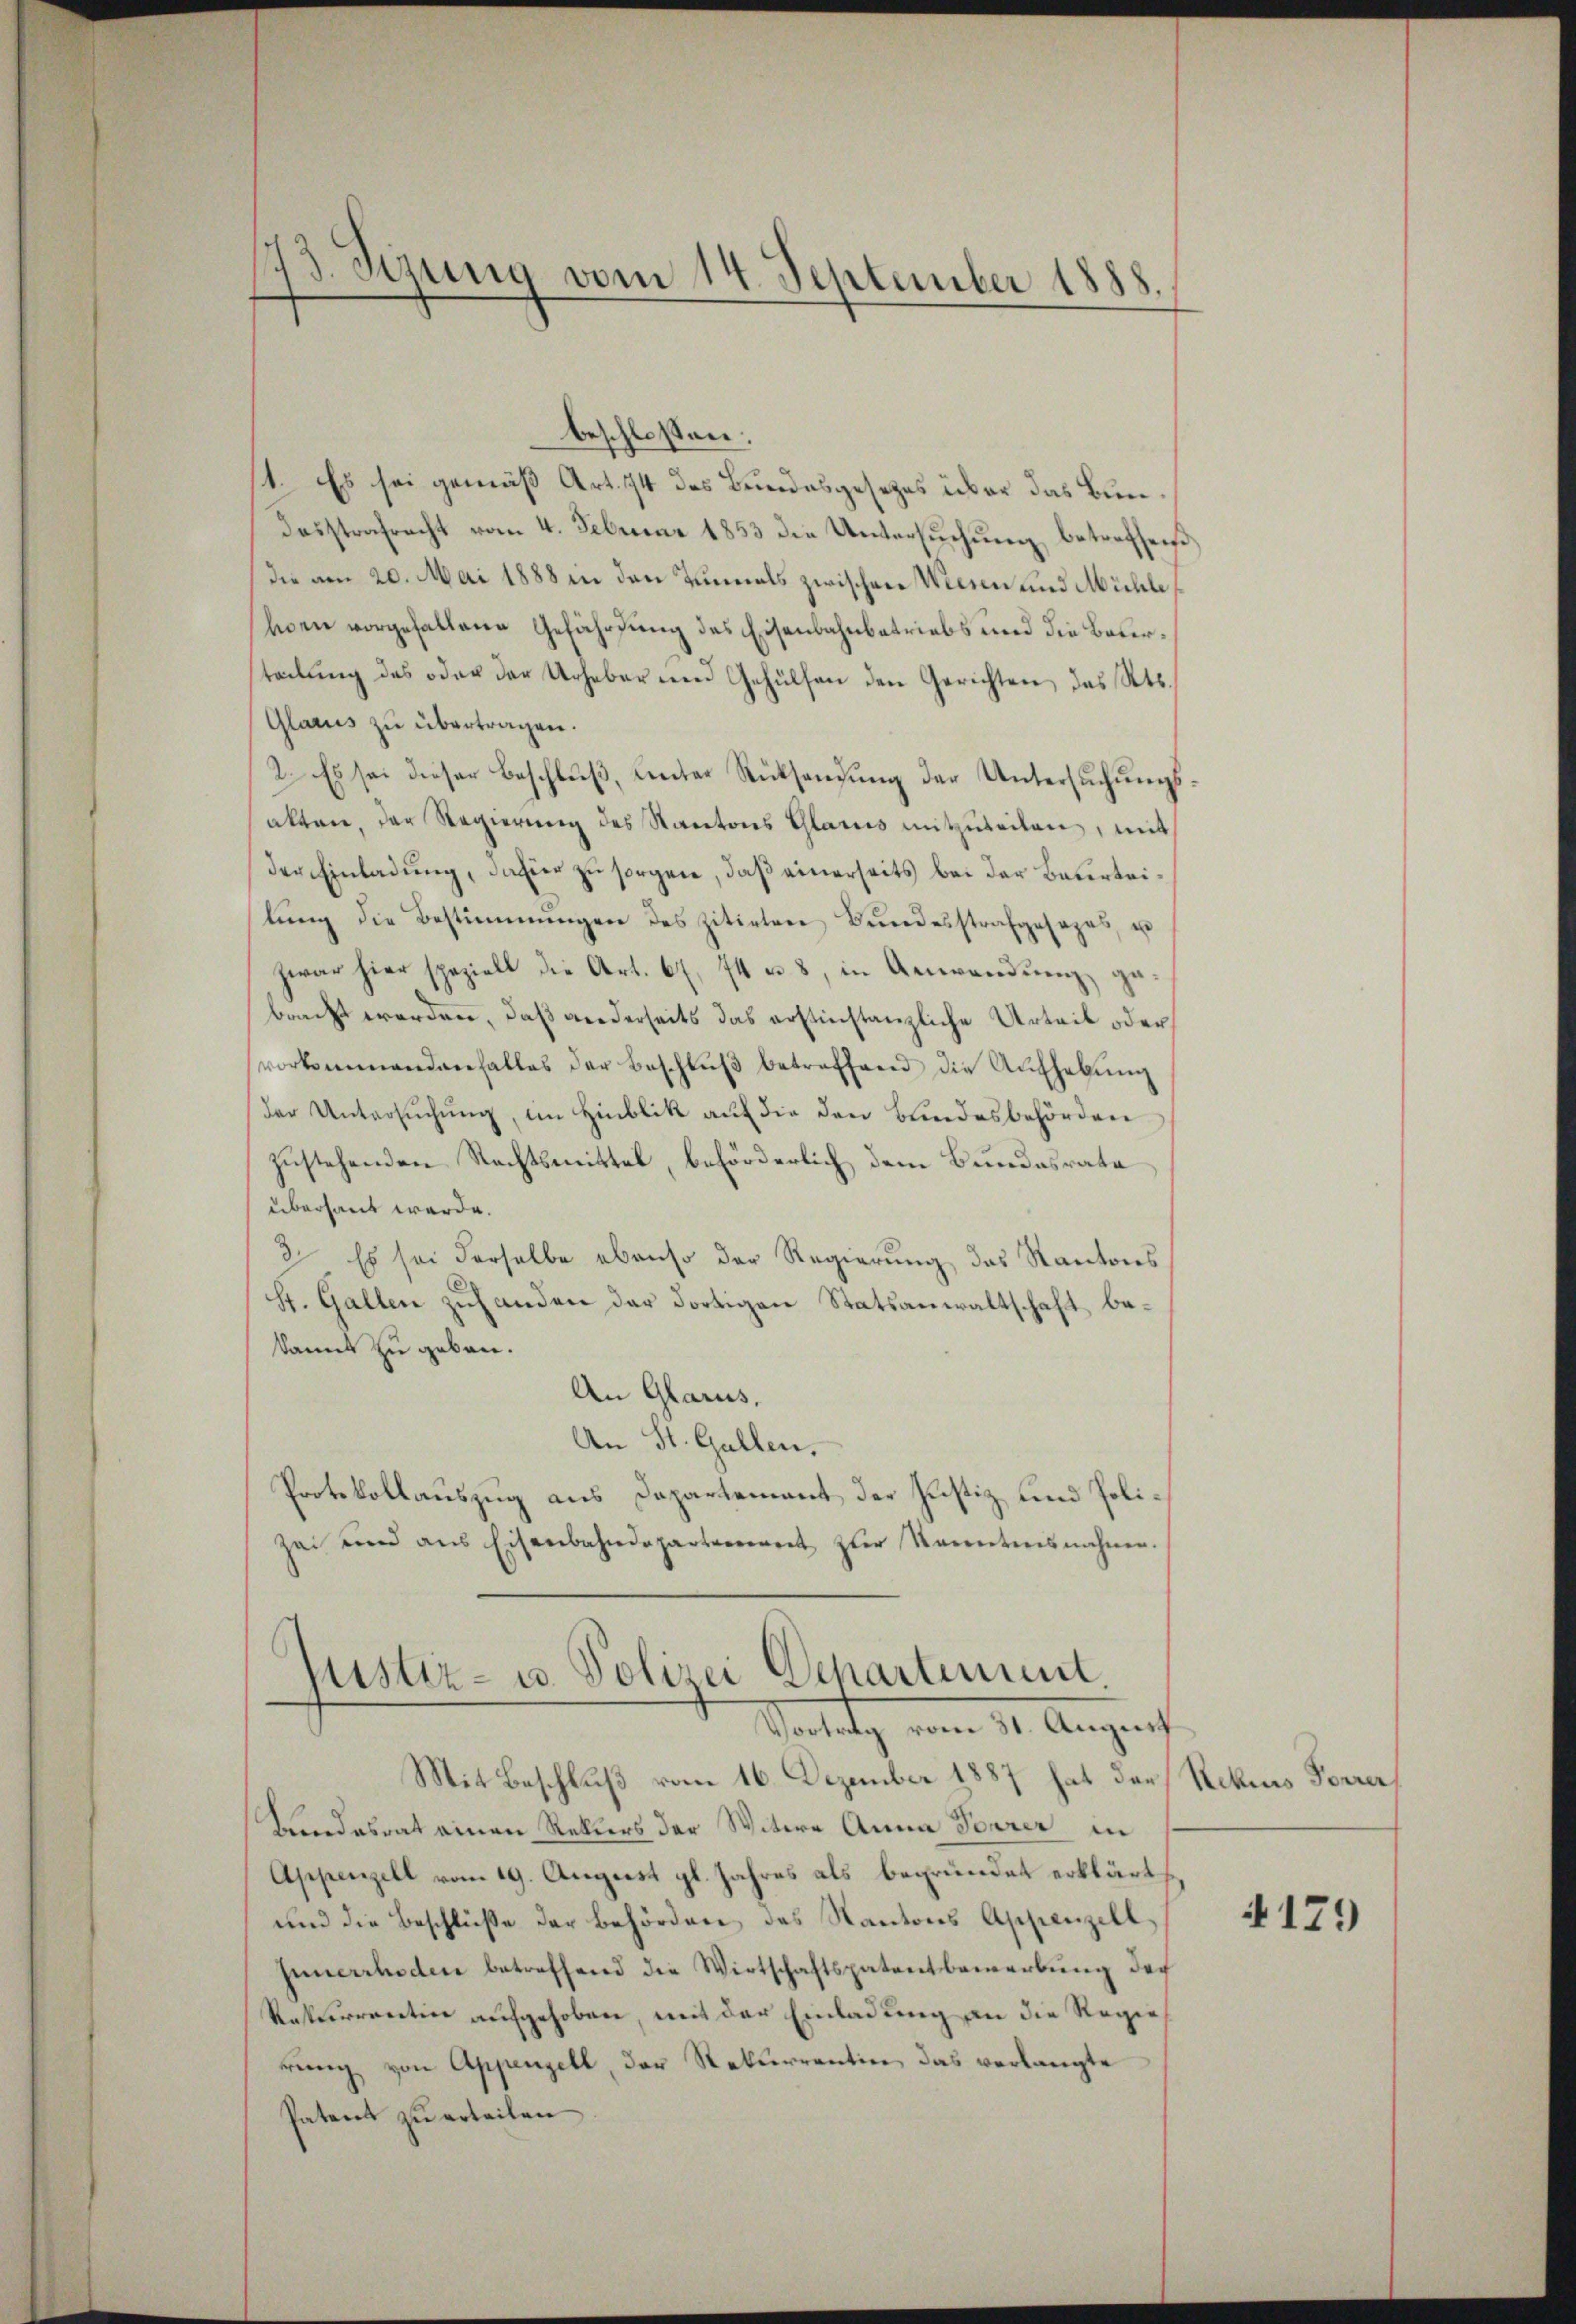
173. Sezung vom 14. September 1888.

beschlossen:
st. Es sei gemäß Art. 174 des Bundesgesezes über das Bun¬
Dosstrafrecht vom 4. Februar 1853 die Untersuchung betreffend
die am 20. Mai 1888 in den Tunnels zwischen Wesen und Mühle
hen vorgefallene Gefährdung des Eisenbahnbetriebs und die Bauerteilŭng des oder der Urheber den Gehülfen den Gerichten, das Kts.
Glarus zu übertragen.
2. Es sei dieser Beschluß, unter Rücksendung der Untersuchungsakten, der Regierŭng des Kantons Glarus mitzŭteilen, mit
der Einladung, dahier zu sorgen, daß einerseits bei der Beurteilŭng die Bestimmungen des zitirten Bundesstrafgesages, un
zwar hier speziell die Art. 67, 74 u. 8, in Anwendŭng ge
bracht werden, daß anderseits das erstinstanzliche Urteil oder
vorkommendenfalles der Beschlŭβ betreffend die Aufhebung
der Untersŭchŭng, im Hinblik auf die den Bundesbehörden
zustehenden Rechtsmittel, beförderlich dem Bundesrata
überhaut werde.
2. Es sei derselbe ebenso der Regierung das Kantons
St. Gallen zuhanden der dortigen Statsanwaltschaft bekannt zu geben.
An Glarus,
An St. Gallen.
Protokollauszug aus Dapartement der Justiz und Polizei und aus Eisenbahndepartement zŭr Sonntensnahmen.

justiz- u. Polizei Departement
Votitz, vom 11. Augus

Mit Beschluß vom 16. Dezember 1887 hat der¬
Brandesrat einen Rektors der Witwe Anna Parer in
Appenzell vom 19. August gl. Jahres als begründet erklärt,
und die Beschlüße der Behörden, das Kantons Appenzell
Innerrhoden betreffend die Wirtschaftspatent bemerkung der
Rakerrection aufgehoben, mit der Einladung an die Regierung von Appenzell, der Rekurrentin, das verlangte
Patent zu erteilen

Rekurs Forrer

4179